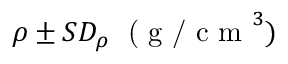
\rho \pm S D _ { \rho } \; \textrm { ( g / c m } ^ { 3 } )